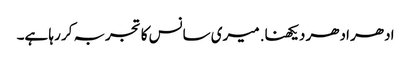
ادھر ادھر دیکھنا. میری سانس کا تجربہ کر رہا ہے۔